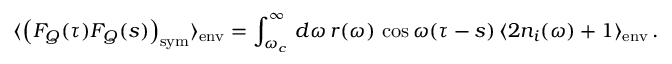
\langle \left( F _ { Q } ( \tau ) F _ { Q } ( s ) \right) _ { \mathrm { s y m } } \rangle _ { \mathrm { e n v } } = \int _ { \omega _ { c } } ^ { \infty } \, d \omega \, r ( \omega ) \, \cos \omega ( \tau - s ) \, \langle 2 n _ { i } ( \omega ) + 1 \rangle _ { \mathrm { e n v } } \, .